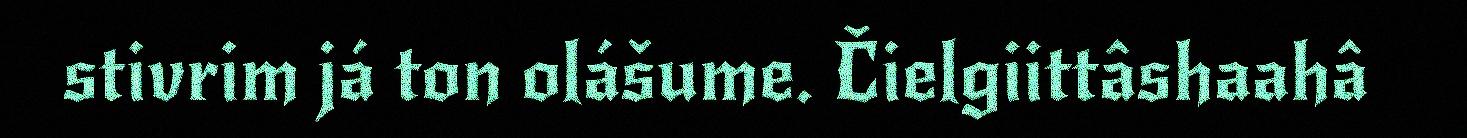
stivrim já ton olášume. Čielgiittâshaahâ